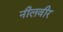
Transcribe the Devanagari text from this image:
नीलवीर